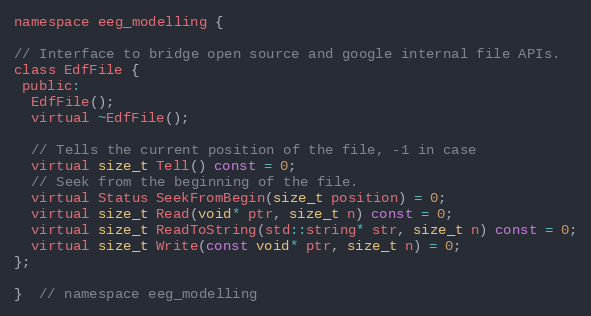
Language: C
namespace eeg_modelling {

// Interface to bridge open source and google internal file APIs.
class EdfFile {
 public:
  EdfFile();
  virtual ~EdfFile();

  // Tells the current position of the file, -1 in case
  virtual size_t Tell() const = 0;
  // Seek from the beginning of the file.
  virtual Status SeekFromBegin(size_t position) = 0;
  virtual size_t Read(void* ptr, size_t n) const = 0;
  virtual size_t ReadToString(std::string* str, size_t n) const = 0;
  virtual size_t Write(const void* ptr, size_t n) = 0;
};

}  // namespace eeg_modelling